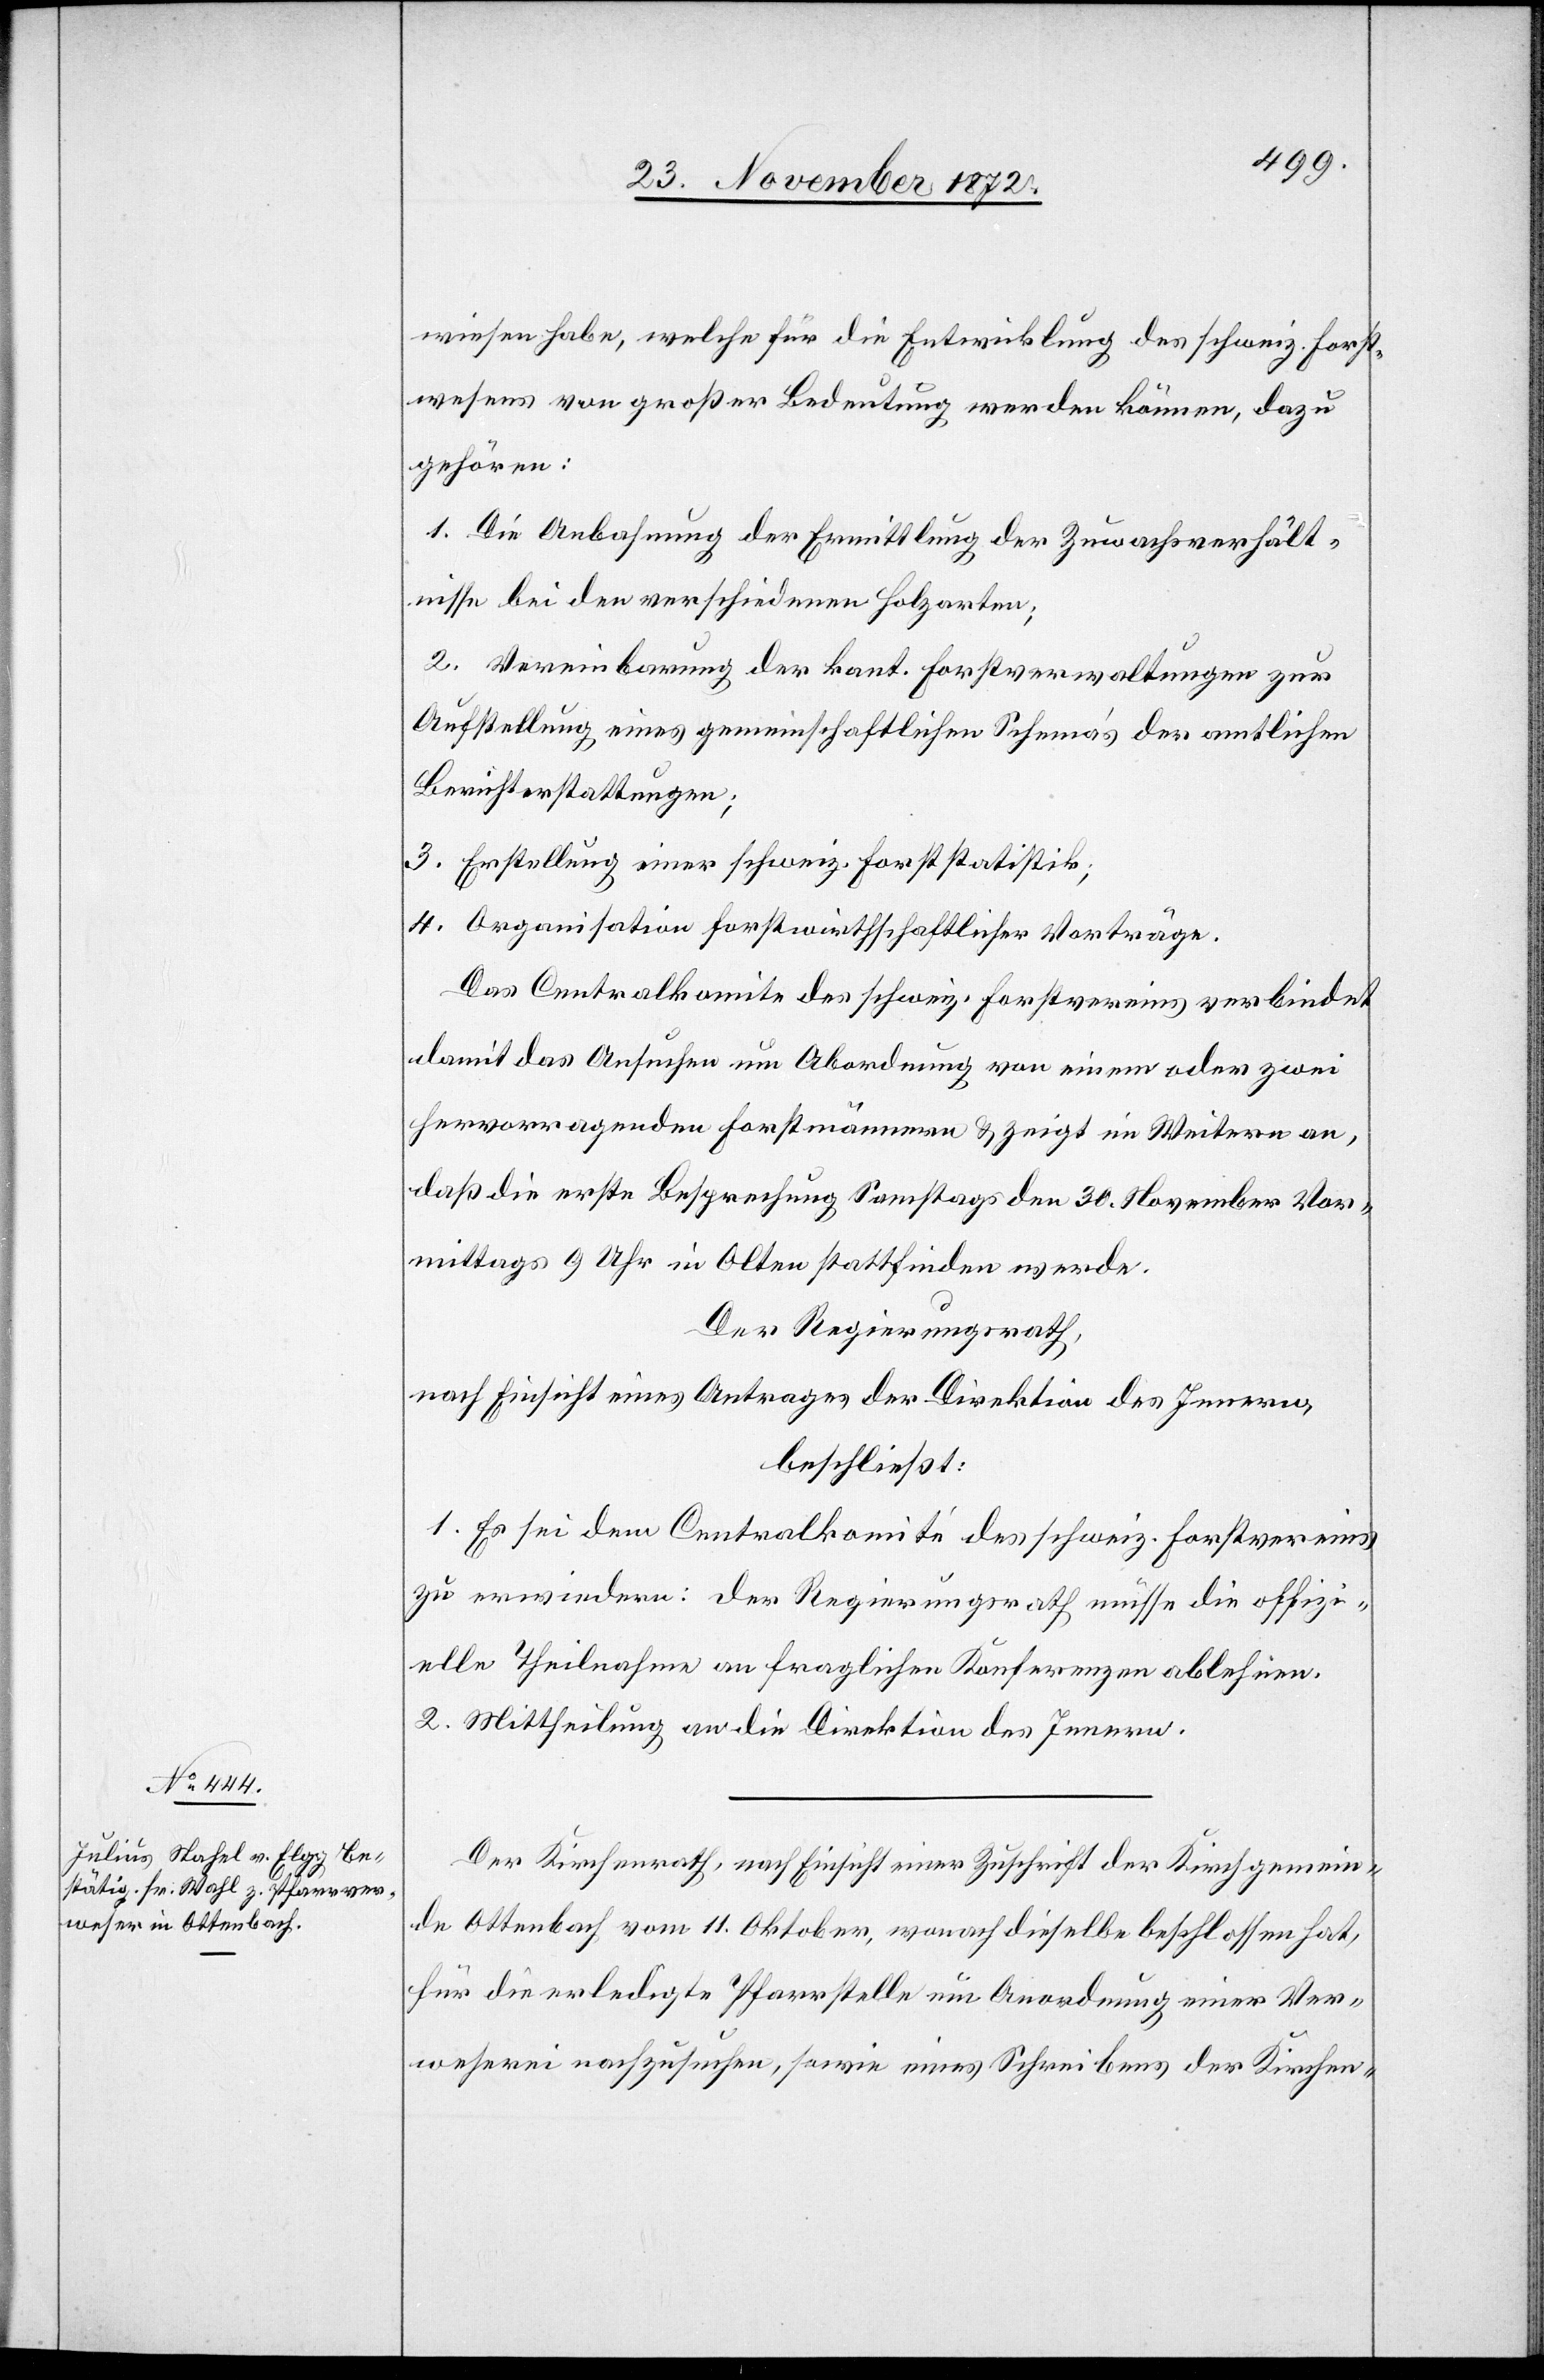
wiesen habe, welche für die Entwicklung des schweiz. Forst¬
wesens von großer Bedeutung werden können, dazu
gehören:
1. Die Anbahnung der Ermittlung der Zuwachsverhält¬
nisse bei den verschiedenen Holzarten;
2. Vereinbarung der kant. Forstverwaltungen zur
Aufstellung eines gemeinschaftlichen Schema’s der amtlichen
Berichterstattungen;
3. Erstellung einer schweiz. Forststatistik;
4. Organisation forstwirthschaftlicher Vorträge.
Das Centralkomite des schweiz. Forstvereins verbindet
damit das Ansuchen um Abordnung von einem oder zwei
hervorragenden Forstmännern u. zeigt im Weitern an,
daß die erste Besprechung Samstags den 30. November Vor¬
mittags 9 Uhr in Olten stattfinden werde.
Der Regierungsrath,
nach Einsicht eines Antrages der Direktion des Innern,
beschließt:
1. Es sei dem Centralkomité des schweiz. Forstvereins
zu erwiedern: der Regierungsrath müsse die offizi¬
elle Theilnahme an fraglichen Konferenzen ablehnen.
2. Mittheilung an die Direktion des Innern.
Der Kirchenrath, nach Einsicht einer Zuschrift der Kirchgemein¬
de Ottenbach vom 11. Oktober, wonach dieselbe beschlossen hat,
für die erledigte Pfarrstelle um Anordnung einer Ver¬
weserei nachzusuchen, sowie eines Schreibens der Kirchen-